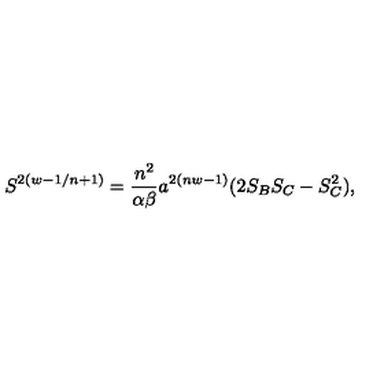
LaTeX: S ^ { 2 ( w - 1 / n + 1 ) } = { \frac { n ^ { 2 } } { \alpha \beta } } a ^ { 2 ( n w - 1 ) } ( 2 S _ { B } S _ { C } - S _ { C } ^ { 2 } ) ,